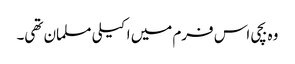
وہ بچی اس فرم میں اکیلی مسلمان تھی۔